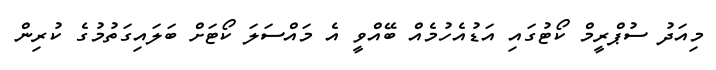
މިއަދު ސުޕްރީމް ކޯޓުގައި އަޑުއެހުމެއް ބޭއްވީ އެ މައްސަލަ ކޯޓަށް ބަލައިގަތުމުގެ ކުރިން